Scientific memoirs by medical officers of the Army of India - Part III,
Year: 1887
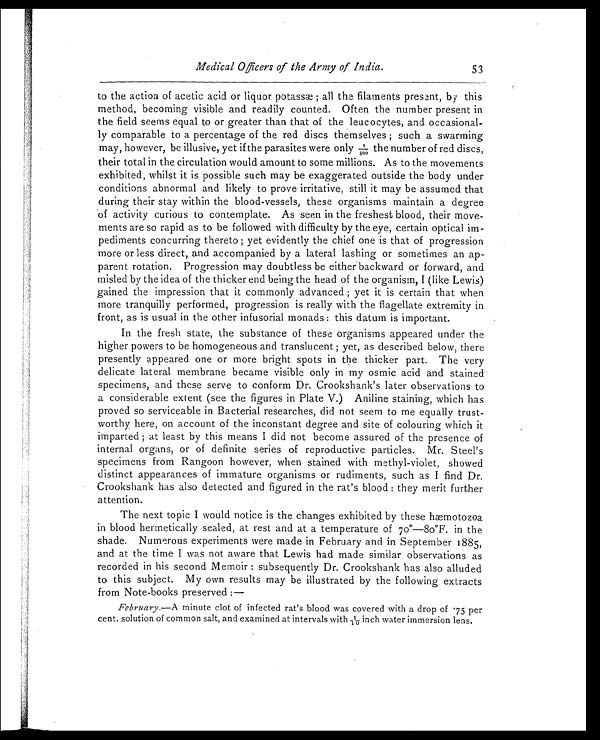
Medical Officers of the Army of India.
53
to the action of acetic acid or liquor potassæ; all the filaments present, by this
method, becoming visible and readily counted. Often the number present in
the field seems equal to or greater than that of the leucocytes, and occasional-
ly comparable to a percentage of the red discs themselves; such a swarming
may, however, be illusive, yet if the parasites were only 1/500 the number of red discs,
their total in the circulation would amount to some millions. As to the movements
exhibited, whilst it is possible such may be exaggerated outside the body under
conditions abnormal and likely to prove irritative, still it may be assumed that
during their stay within the blood-vessels, these organisms maintain a degree
of activity curious to contemplate. As seen in the freshest blood, their move-
ments are so rapid as to be followed with difficulty by the eye, certain optical im-
pediments concurring thereto; yet evidently the chief one is that of progression
more or less direct, and accompanied by a lateral lashing or sometimes an ap-
parent rotation. Progression may doubtless be either backward or forward, and
misled by the idea of the thicker end being the head of the organism, I (like Lewis)
gained the impression that it commonly advanced; yet it is certain that when
more tranquilly performed, progression is really with the flagellate extremity in
front, as is usual in the other infusorial monads: this datum is important.
In the fresh state, the substance of these organisms appeared under the
higher powers to be homogeneous and translucent; yet, as described below, there
presently appeared one or more bright spots in the thicker part. The very
delicate lateral membrane became visible only in my osmic acid and stained
specimens, and these serve to conform Dr. Crookshank's later observations to
a considerable extent (see the figures in Plate V.) Aniline staining, which has
proved so serviceable in Bacterial researches, did not seem to me equally trust-
worthy here, on account of the inconstant degree and site of colouring which it
imparted; at least by this means I did not become assured of the presence of
internal organs, or of definite series of reproductive particles. Mr. Steel's
specimens from Rangoon however, when stained with methyl-violet, showed
distinct appearances of immature organisms or rudiments, such as I find Dr.
Crookshank has also detected and figured in the rat's blood: they merit further
attention.
The next topic I would notice is the changes exhibited by these hæmotozoa
in blood hermetically sealed, at rest and at a temperature of 70°—80°F. in the
shade. Numerous experiments were made in February and in September 1885,
and at the time I was not aware that Lewis had made similar observations as
recorded in his second Memoir: subsequently Dr. Crookshank has also alluded
to this subject. My own results may be illustrated by the following extracts
from Note-books preserved:—
February. —A minute clot of infected rat's blood was covered with a drop of .75 per
cent. solution of common salt, and examined at intervals with 1/10 inch water immersion lens.